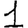
Digit: 1